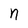
Character: n